Civil Veterinary Dept. Bombay admin report 1932-41 - 1932-1941
Year: 1932
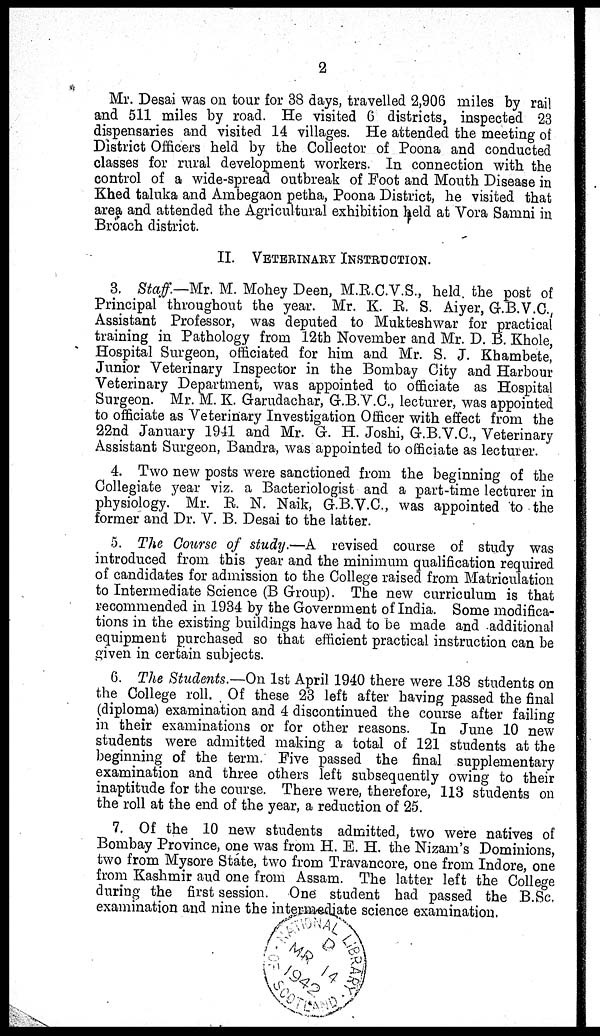
2
Mr. Desai was on tour for 38 days, travelled 2,906 miles by rail
and 511 miles by road. He visited 6 districts, inspected 23
dispensaries and visited 14 villages. He attended the meeting of
District Officers held by the Collector of Poona and conducted
classes for rural development workers. In connection with the
control of a wide-spread outbreak of Foot and Mouth Disease in
Khed taluka and Ambegaon petha, Poona District, he visited that
area and attended the Agricultural exhibition held at Vora Samni in
Broach district.
II. VETERINARY INSTRUCTION.
3. Staff.—Mr. M. Mohey Deen, M.R.C.V.S., held the post of
Principal throughout the year. Mr. K. R. S. Aiyer, G.B.V.C.
Assistant Professor, was deputed to Mukteshwar for practical
training in Pathology from 12th November and Mr. D. B. Khole,
Hospital Surgeon, officiated for him and Mr. S. J. Khambete,
Junior Veterinary Inspector in the Bombay City and Harbour
Veterinary Department, was appointed to officiate as Hospital
Surgeon. Mr. M. K. Garudachar, G.B.V.C., lecturer, was appointed
to officiate as Veterinary Investigation Officer with effect from the
22nd January 1941 and Mr. G. H. Joshi, G.B.V.C, Veterinary
Assistant Surgeon, Bandra, was appointed to officiate as lecturer.
4. Two new posts were sanctioned from the beginning of the
Collegiate year viz. a Bacteriologist and a part-time lecturer in
physiology. Mr. R. N. Naik, G.B.V.C., was appointed to the
former and Dr. V. B. Desai to the latter.
5. The Course of study.—A revised course of study was
introduced from this year and the minimum qualification required
of candidates for admission to the College raised from Matriculation
to Intermediate Science (B Group). The new curriculum is that
recommended in 1934 by the Government of India. Some modifica-
tions in the existing buildings have had to be made and additional
equipment purchased so that efficient practical instruction can be
given in certain subjects.
6. The Students.—On 1st April 1940 there were 138 students on
the College roll. Of these 23 left after having passed the final
(diploma) examination and 4 discontinued the course after failing
in their examinations or for other reasons. In June 10 new
students were admitted making a total of 121 students at the
beginning of the term. Five passed the final supplementary
examination and three others left subsequently owing to their
inaptitude for the course. There were, therefore, 113 students on
the roll at the end of the year, a reduction of 25.
7. Of the 10 new students admitted, two were natives of
Bombay Province, one was from H. E. H. the Nizam's Dominions,
two from Mysore State, two from Travancore, one from Indore, one
from Kashmir aud one from Assam. The latter left the College
during the first session. One student had passed the B.Sc.
examination and nine the intermediate science examination.